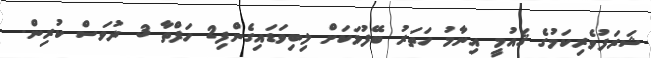
ޝަރަފުވެރިކަމުގެ ޤައުމީ އިނާމު ހަތަރު ބޭފުޅަކަށް ލިބިވަޑައިގެންފި2 ހަފްތާ 3 ދުވަސް ކުރިން.